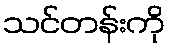
သင်တန်းကို